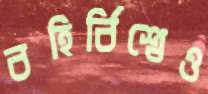
বহির্বিশ্বেও